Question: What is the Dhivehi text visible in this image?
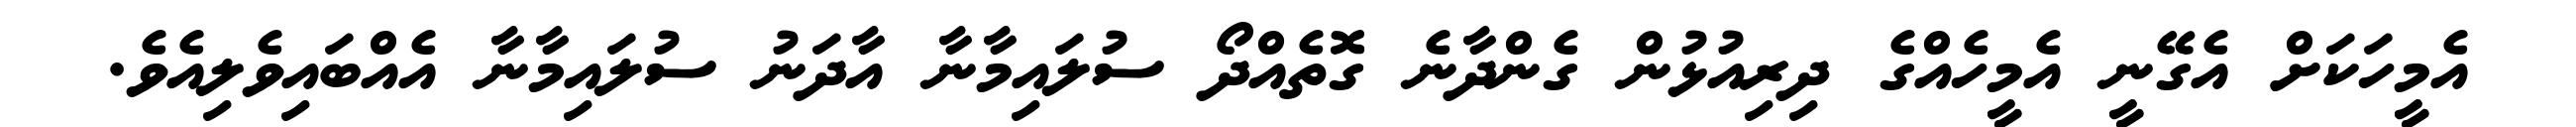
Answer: އެމީހަކަށް އެގޭނީ އެމީހެއްގެ ދިރިއުޅުން ގެންދާނެ ގޮތެއްދޯ ސުލައިމާނާ އާދަނު ސުލައިމާނާ އެއްބައިވެލިއެވެ.